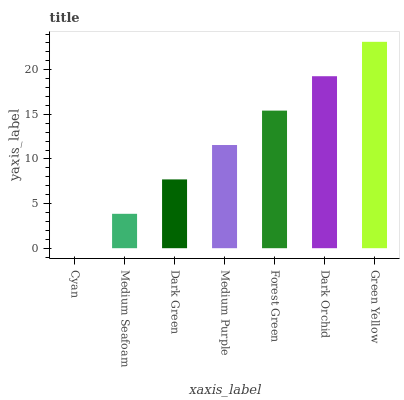
| xaxis_label | bars |
 | --- | --- |
 | Cyan | 0 |
 | Medium Seafoam | 3.85 |
 | Dark Green | 7.71 |
 | Medium Purple | 11.6 |
 | Forest Green | 15.4 |
 | Dark Orchid | 19.3 |
 | Green Yellow | 23.1 |